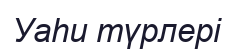
Уаһи түрлері